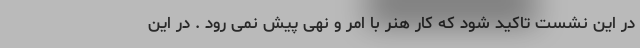
در این نشست تاکید شود که کار هنر با امر و نهی پیش نمی رود . در این